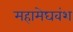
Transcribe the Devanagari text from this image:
महामेघवंश